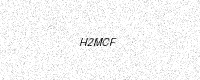
Text: H2MCF